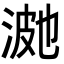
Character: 𭰿